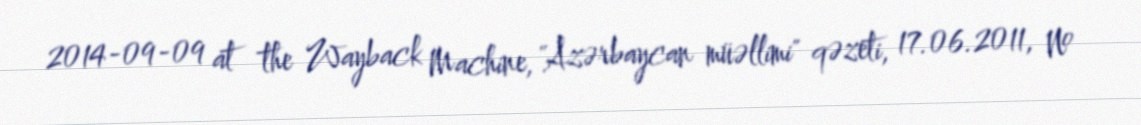
2014-09-09 at the Wayback Machine, "Azərbaycan müəllimi" qəzeti, 17.06.2011, №